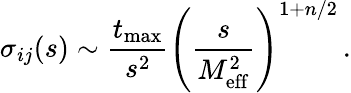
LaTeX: \sigma_{ij}(s)\sim\frac{t_{\mathrm{max}}}{s^{2}}\left(\frac{s}{M_{\mathrm{eff}}^{2}}\right)^{1+n/2}\, .